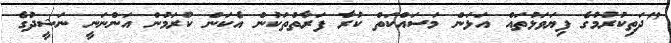
"ދަތިކުރުމުގެ ފިޔަވަޅުތައް އަޅަން މަސައްކަތް ކުރާ ފަރާތްތަކުން އެކަން ކުރަމުން އަންނަނީ ނަޝީދުގެ